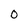
Character: 0